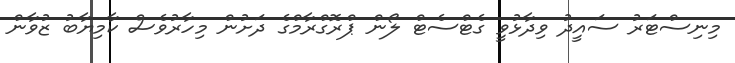
މިނިސްޓަރު ސައީދު ވިދާޅުވީ ގެޓްސެޓް ލޯން ޕްރޮގްރާމްގެ ދަށުން މިހާރުވެސް ކާމިޔާބު ޒުވާން